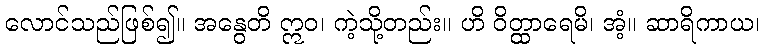
လောင်သည်ဖြစ်၍။ အနွေတိ ဣဝ၊ ကဲ့သို့တည်း။ ဟိ ဝိတ္ထာရေမိ၊ အံ့။ ဆာရိကာယ၊